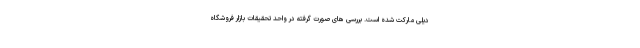
دیلی مارکت شده است. بررسی های صورت گرفته در واحد تحقیقات بازار فروشگاه